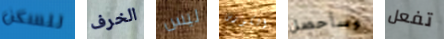
للسكن الخرف ليس الكورس وسأحصل تفعل